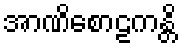
အာဏိစောဠကန္တိ